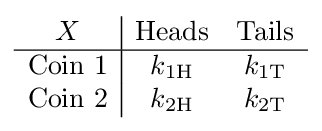
{\begin{array}{c|cc}X&{\text{Heads}}&{\text{Tails}}\\\hline {\text{Coin 1}}&k_{\mathrm {1H} }&k_{\mathrm {1T} }\\{\text{Coin 2}}&k_{\mathrm {2H} }&k_{\mathrm {2T} }\end{array}}